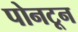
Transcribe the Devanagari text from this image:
पोनटून